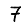
Digit: 7